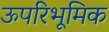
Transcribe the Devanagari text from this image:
ऊपरिभूमिक